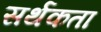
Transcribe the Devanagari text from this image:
सर्थकता